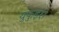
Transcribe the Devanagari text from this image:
युफुइस